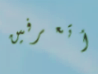
أتعرفين